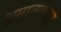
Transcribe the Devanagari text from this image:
भ्रमात्मकता